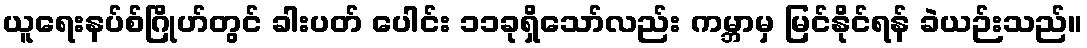
ယူရေးနပ်စ်ဂြိုဟ်တွင် ခါးပတ် ပေါင်း ၁၁ခုရှိသော်လည်း ကမ္ဘာမှ မြင်နိုင်ရန် ခဲယဉ်းသည်။